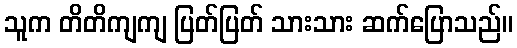
သူက တိတိကျကျ ပြတ်ပြတ် သားသား ဆက်ပြောသည်။